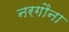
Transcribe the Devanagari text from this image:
नरगौना